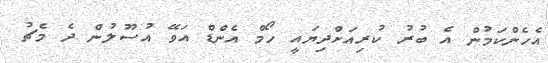
އެހެންކަމުން އެ ބުރު ކުރިއަށްދިޔައީ ހޯމް އެންޑް އަވޭ އުސޫލުން ދެ މެޗު